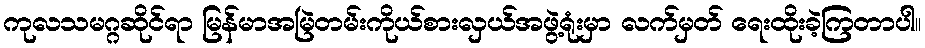
ကုလသမဂ္ဂဆိုင်ရာ မြန်မာအမြဲတမ်းကိုယ်စားလှယ်အဖွဲ့ရုံးမှာ လက်မှတ် ရေးထိုးခဲ့ကြတာပါ။